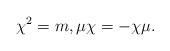
LaTeX: \begin{align*} \chi^2=m, \mu\chi=-\chi\mu. \end{align*}